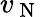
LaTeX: v_{\mathrm{~N~}}